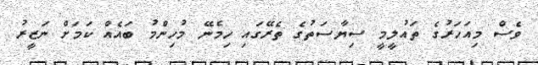
ވެސް މިއަހަރުގެ ތައުލީމީ ސިޔާސަތުގެ ތެރޭގައި ހިމެނޭ މުހިންމު ބައެއް ކަމަށް ނަޒީރު